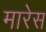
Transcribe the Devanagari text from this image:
मारेस